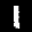
Label: 1